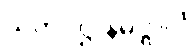
သတိပဋ္ဌာနမဋ္ဋာလံ